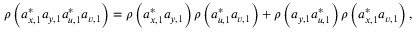
\rho \left( a _ { x , 1 } ^ { \ast } a _ { y , 1 } a _ { u , 1 } ^ { \ast } a _ { v , 1 } \right) = \rho \left( a _ { x , 1 } ^ { \ast } a _ { y , 1 } \right) \rho \left( a _ { u , 1 } ^ { \ast } a _ { v , 1 } \right) + \rho \left( a _ { y , 1 } a _ { u , 1 } ^ { \ast } \right) \rho \left( a _ { x , 1 } ^ { \ast } a _ { v , 1 } \right) ,